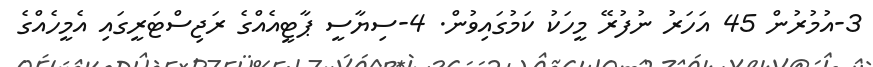
3-އުމުރުން 45 އަހަރު ނުފުރޭ މީހަކު ކަމުގައިވުން. 4-ސިޔާސީ ޕާޓީއެއްގެ ރަޖިސްޓަރީގައި އެމީހެއްގެ